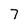
Character: 7